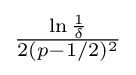
{\textstyle {\frac {\ln {\frac {1}{\delta }}}{2(p-1/2)^{2}}}}